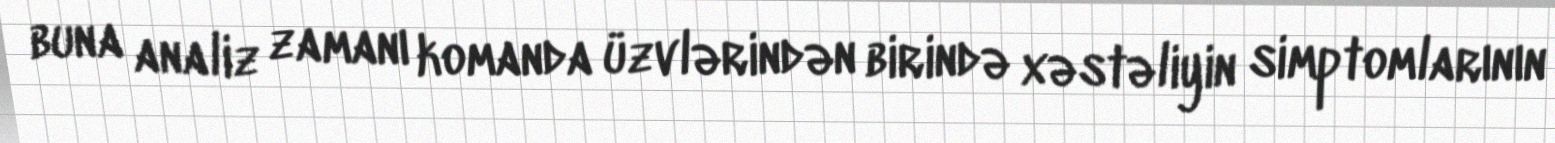
buna analiz zamanı komanda üzvlərindən birində xəstəliyin simptomlarının